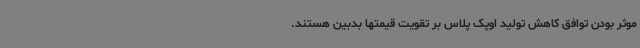
موثر بودن توافق کاهش تولید اوپک پلاس بر تقویت قیمتها بدبین هستند.